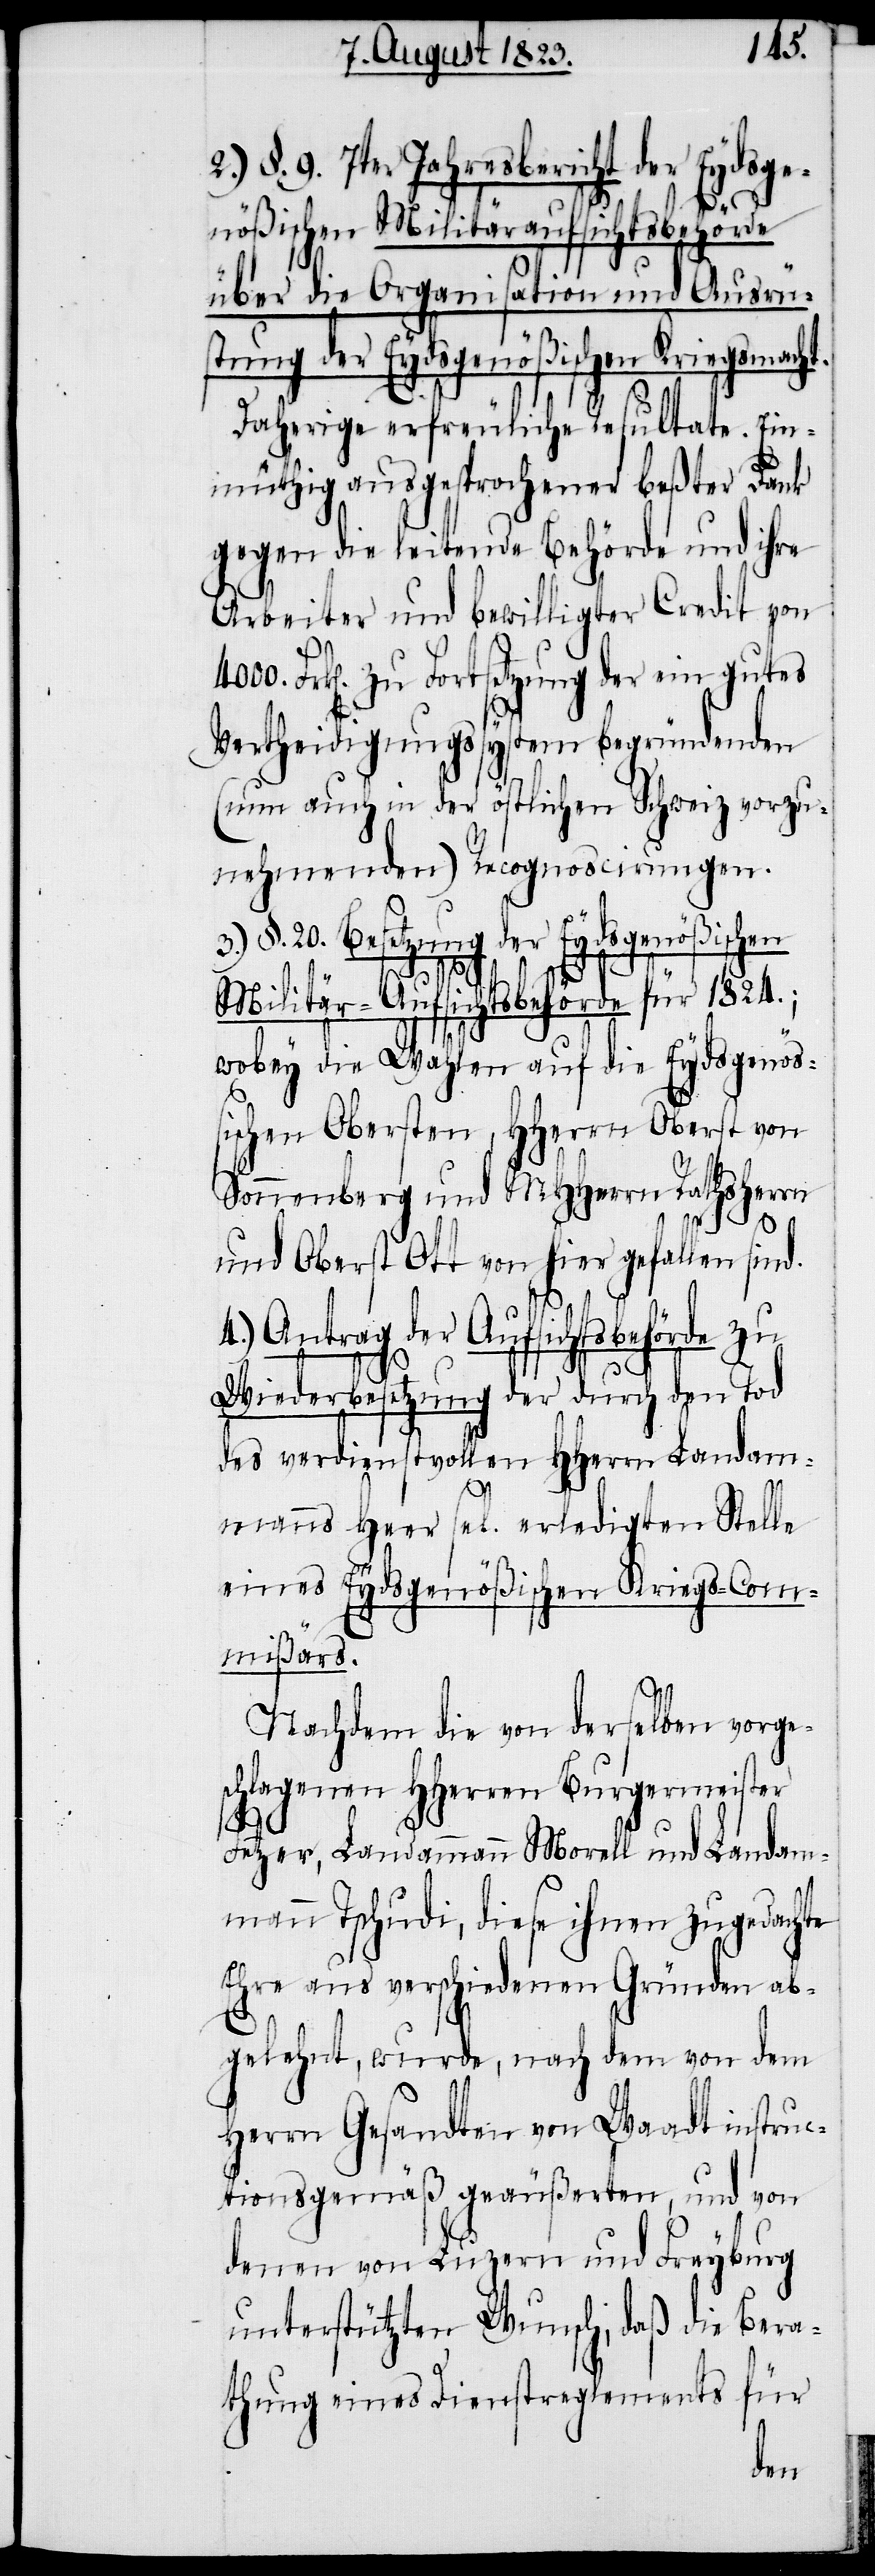
2.) §. 9. 7ter Jahresbericht der Eydsge¬
nößischen Militäraufsichtsbehörde
über die Organisation und Ausrü¬
stung der Eydsgenößischen Kriegsmach¬
Daherige erfreuliche Resultate. Ein¬
müthig ausgesprochener beßter Dank
gegen die leitende Behörde und ihre
Arbeiter und bewilligter Credit von
Frk[en]. zu Fortsetzung der ein gutes
Vertheidigungssystem begründenden
(nun auch in der östlichen Schweiz vorzu¬
nehmenden) Recognoscirungen.
3.) §. 20. Besetzung der Eydsgenößischen
t.
Militär-Aufsichtsbehörde für 1824.;
wobey die Wahlen auf die Eydsgenöß¬
ischen Obersten, HHerrn Oberst von
Sonnenberg und MHHerrn Rathsherrn
und Oberst Ott von hier gefallen sind.
4.) Antrag der Aufsichtsbehörde zu
Wiederbesetzung der durch den Tod
des verdienstvollen HHerrn Landam¬
manns Heer sel. erledigten Stelle
eines Eydsgenößischen Kriegs-Com¬
mißärs.
Nachdem die von derselben vorge¬
schlagenen HHerren Burgermeister
Fetzer, Landammann Morell und Landam¬
mann Tschudi, diese ihnen zugedachte
Ehre aus verschiedenen Gründen ab¬
gelehnt, wurde, nach dem von dem
Herrn Gesandten von Waadt instruc¬
tionsgemäß geäußerten, und von
denen von Luzern und Freyburg
unterstützten Wunsch, daß die Bera¬
für
thung eines Dienstreglements